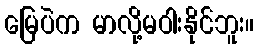
မြေပဲက မာလို့မဝါးနိုင်ဘူး။